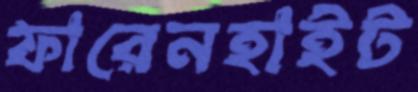
ফারেনহাইট